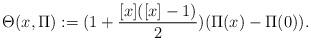
LaTeX: \begin{align*}\Theta (x,\Pi):=(1+\frac{[x]([x]-1)}{2})(\Pi (x)-\Pi (0)).\end{align*}